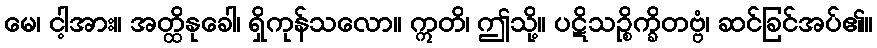
မေ၊ ငါ့အား။ အတ္ထိနုခေါ၊ ရှိကုန်သလော။ ဣတိ၊ ဤသို့။ ပဋိသဉ္စိက္ခိတဗ္ဗံ၊ ဆင်ခြင်အပ်၏။